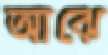
আঝে